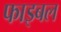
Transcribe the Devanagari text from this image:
फाइबल